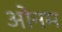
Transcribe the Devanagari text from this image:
ओनम